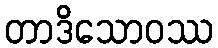
တာဒိသောဝဿ